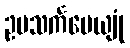
ဥပသင်္ကမေယျုံ